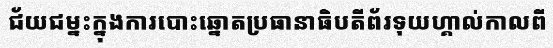
ជ័យជម្នះក្នុងការបោះឆ្នោតប្រធានាធិបតីព័រទុយហ្គាល់កាលពី